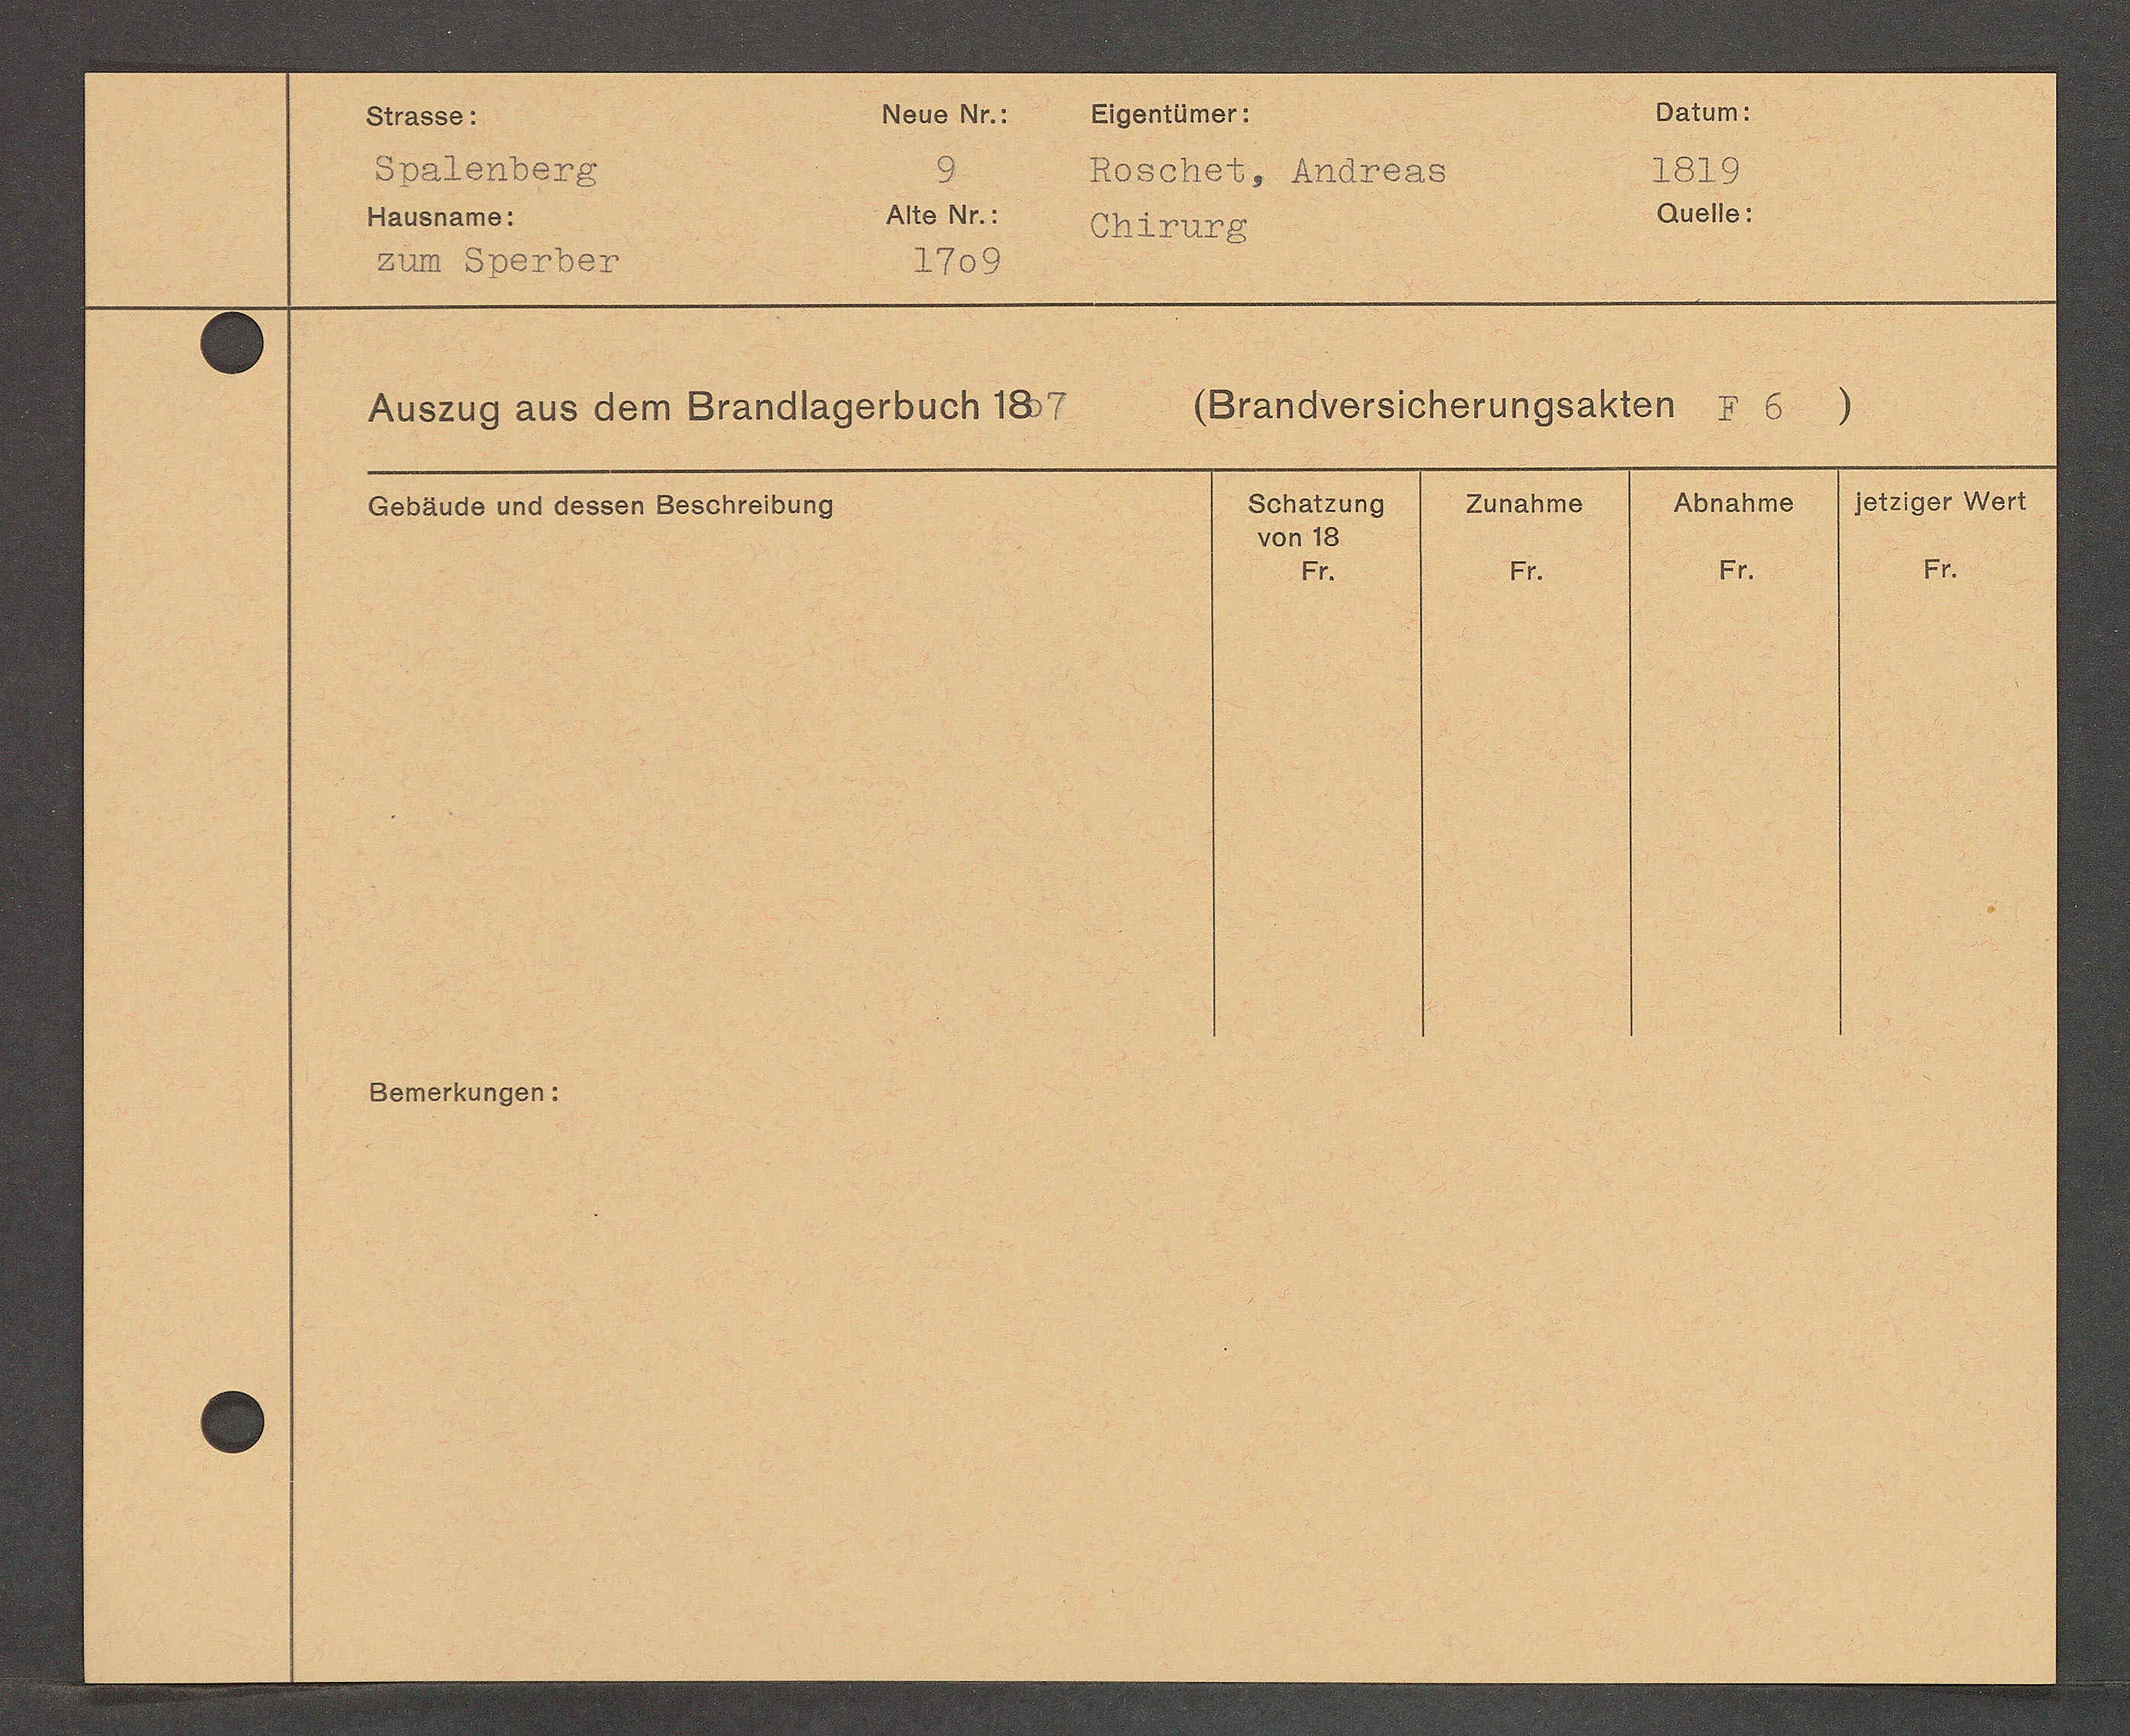
Transcript:
Zen Ggenben